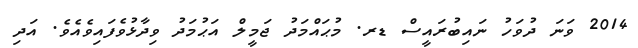
2014 ވަނަ ދުވަހު ނައިބުރައީސް ޑރ. މުޙައްމަދު ޖަމީލް އަޙުމަދު ވިދާޅުވެފައިވެއެވެ. އަދި